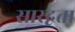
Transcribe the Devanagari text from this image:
सारद्वता